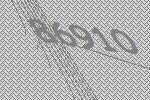
86910